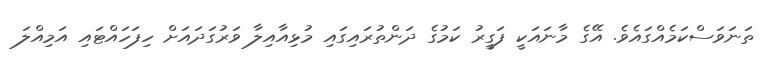
ތަނަވަސްކަމެއްގައެވެ. އޭގެ މާނައަކީ ފަގީރު ކަމުގެ ދަންތުރައިގައި މުޅިއާއިލާ ވަރުގަދައަށް ހިފަހައްޓައި އަމިއްލަ